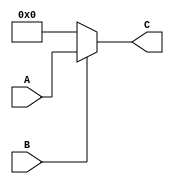
module multiplier (A, B, C);

    input [31:0] A;
    input B;
    output reg [31:0] C;
    
    always@(A, B)
    begin
        if(B != 0)
            C = A;
        else
            C = 32'b0000_0000_0000_0000_0000_0000_0000_0000;   
    end
    
endmodule